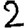
Digit: 2